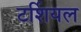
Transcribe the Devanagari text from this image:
टर्शियल